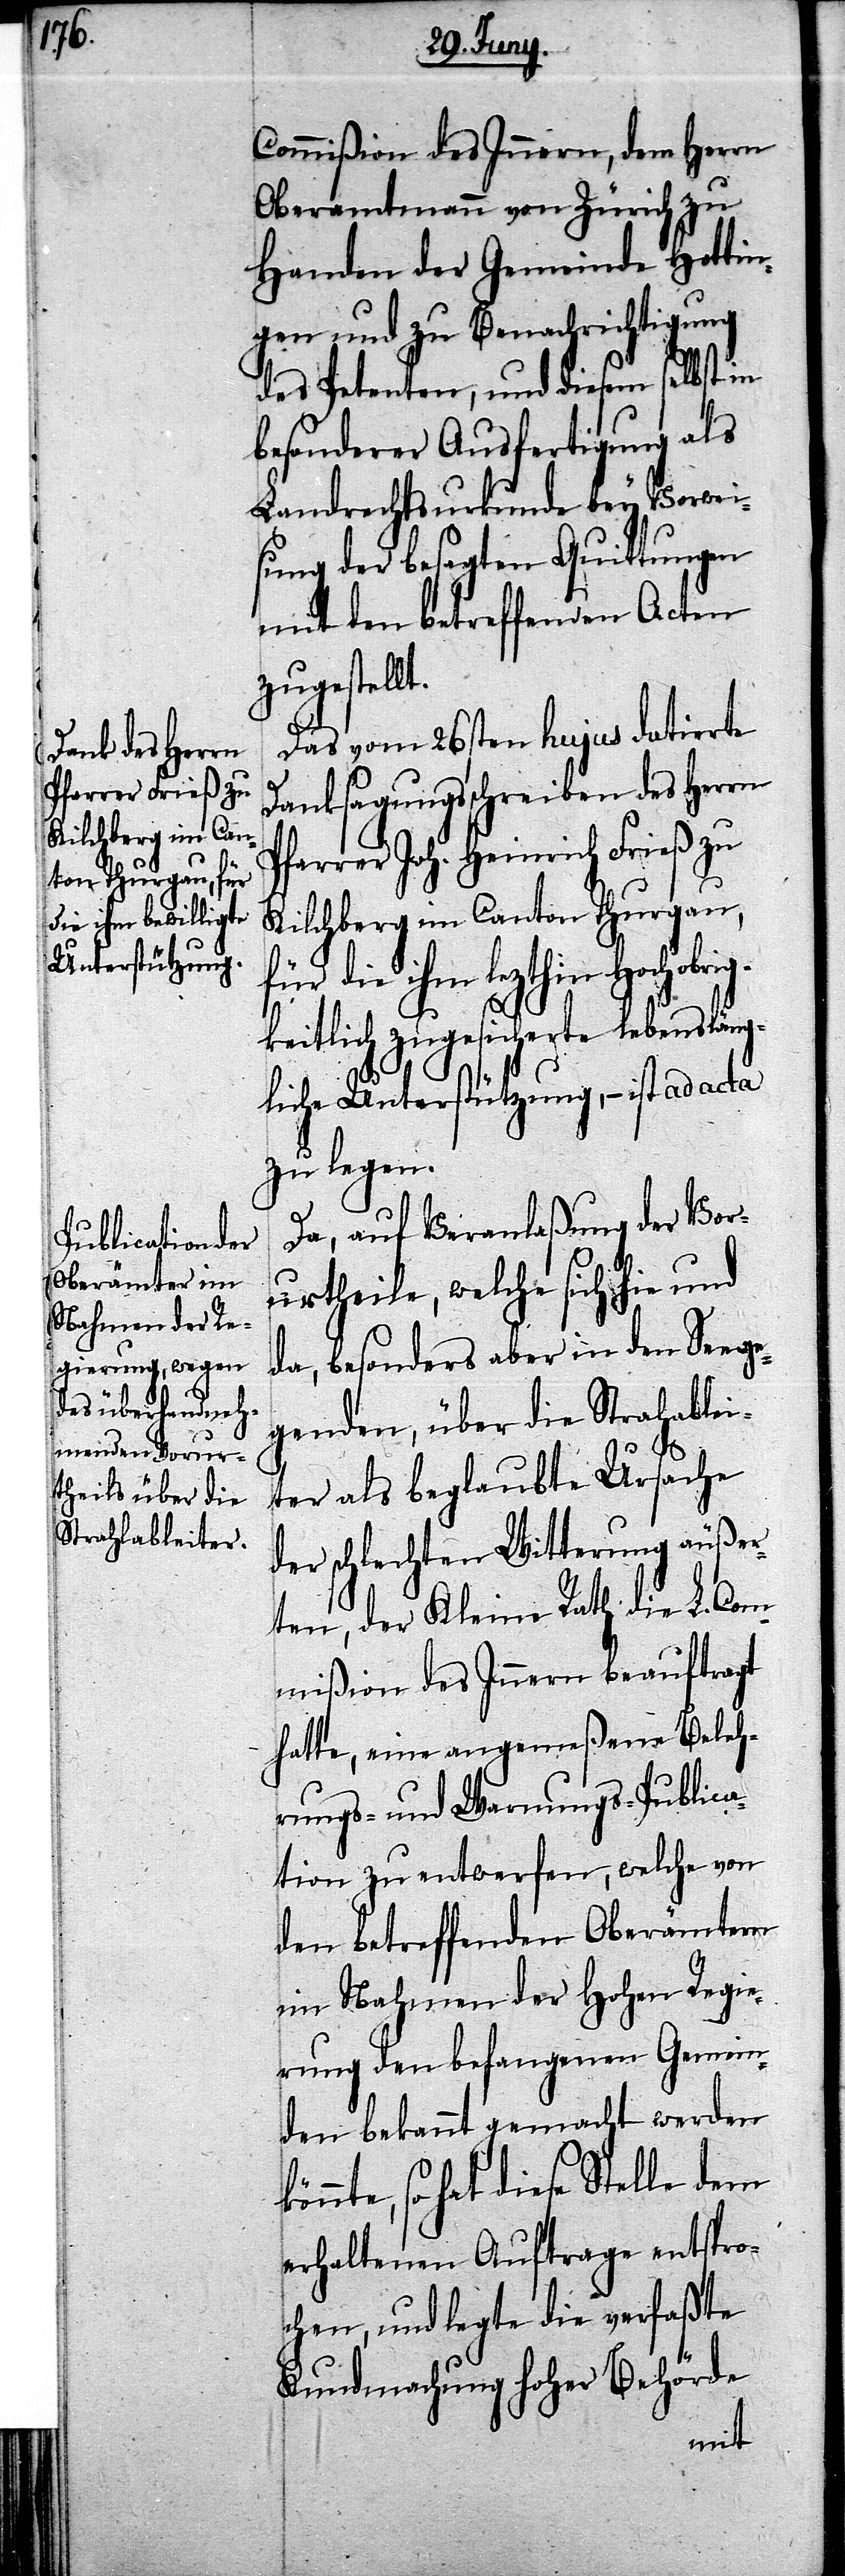
ig¬

Commißion des Innern, dem Herrn
Oberamtmann von Zürich zu
Handen der Gemeinde Hottin¬
gen und zu Benachrichtigung
des Petenten, und diesem selbst in
besonderer Ausfertigung als
Landrechtsurkunde bey Vorwei¬
sung der besagten Quittungen
mit den betreffenden Acten
zugestell¬
Das vom 26sten hujus datirte
Danksagungsschreiben des Herrn
Pfarrer Joh. Heinrich Frieß zu
Kilchberg im Canton Thurgau,
für die ihm lezthin Hochobr¬
keitlich zu gesicherte lebensläng¬
liche Unterstützung, – ist ad acta
zu legen.
Da, auf Veranlaßung der Vor¬
urtheile, welche sich hie und
da, besonders aber in den Seege¬
genden, über die Strahableiter
als beglaubte Ursache
der schlechten Witterung äußer¬
ten, der Kleine Rath die L. Com¬
mißion des Innern beauftragt
hatte, eine angemeßene Beleh¬
rungs- und Warnungs-Publica¬
tion zu entwerfen, welche von
den betreffenden Oberämtern
im Nahmen der Hohen Regie¬
rung den befangenen Gemein¬
den bekannt gemacht werden
hat diese Stelle dem
erhaltenen Auftrage entspro¬
chen, und legte die verfaßte
Kundmachung hoher Behörde